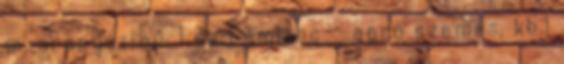
m, aranyszínű, 1 db Fémlánc - apró szemes, kb.1